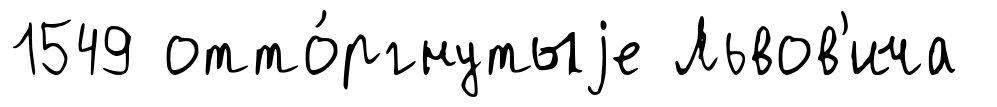
1549 отто́ргнутыjе Львов'ича